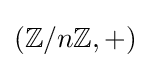
(\mathbb {Z} /n\mathbb {Z} ,+)